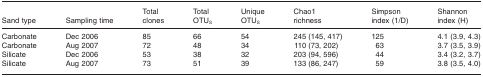
<table><thead><tr><td><b>Sand type</b></td><td><b>Sampling time</b></td><td><b>Total clones</b></td><td><b>Total OTU<sub>S</sub></b></td><td><b>Unique OTU<sub>S</sub></b></td><td><b>Chao1 richness</b></td><td><b>Simpson index (1/D)</b></td><td><b>Shannon index (H)</b></td></tr></thead><tbody><tr><td>Carbonate</td><td>Dec 2006</td><td>85</td><td>66</td><td>54</td><td>245 (145, 417)</td><td>125</td><td>4.1 (3.9, 4.3)</td></tr><tr><td>Carbonate</td><td>Aug 2007</td><td>72</td><td>48</td><td>34</td><td>110 (73, 202)</td><td>63</td><td>3.7 (3.5, 3.9)</td></tr><tr><td>Silicate</td><td>Dec 2006</td><td>53</td><td>38</td><td>32</td><td>203 (94, 596)</td><td>44</td><td>3.4 (3.2, 3.7)</td></tr><tr><td>Silicate</td><td>Aug 2007</td><td>73</td><td>51</td><td>39</td><td>133 (86, 247)</td><td>59</td><td>3.8 (3.5, 4.0)</td></tr></tbody></table>